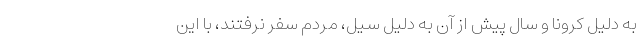
به دلیل کرونا و سال پیش از آن به دلیل سیل، مردم سفر نرفتند، با این